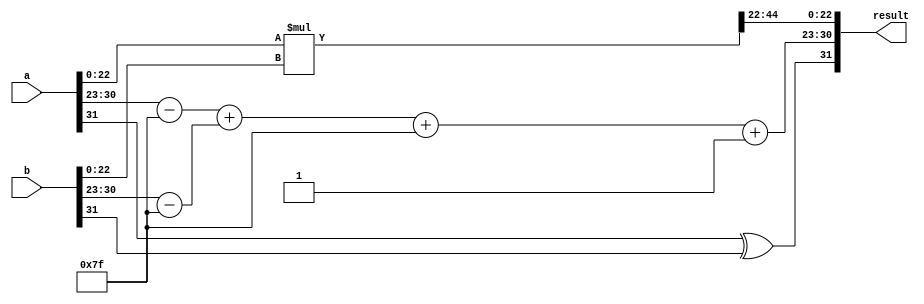
module floating_point_multiplier (
    input  wire [31:0] a,         // First floating-point number
    input  wire [31:0] b,         // Second floating-point number
    output wire [31:0] result      // Result of multiplication
);

    // Internal signals
    wire sign_a, sign_b;
    wire [7:0] exponent_a, exponent_b;
    wire [22:0] mantissa_a, mantissa_b;
    wire sign_result;
    wire [7:0] exponent_result;
    wire [46:0] mantissa_result; // 23 + 23 bits
    reg [23:0] normalized_mantissa; // 24 bits
    reg [7:0] final_exponent;
    
    // Extract components
    assign sign_a = a[31];
    assign exponent_a = a[30:23];
    assign mantissa_a = {1'b1, a[22:0]}; // Implicit leading 1
    
    assign sign_b = b[31];
    assign exponent_b = b[30:23];
    assign mantissa_b = {1'b1, b[22:0]}; // Implicit leading 1
    
    // Calculate sign of result
    assign sign_result = sign_a ^ sign_b;
    
    // Calculate exponent result
    wire [7:0] bias = 8'd127;
    wire signed [8:0] adjusted_exponent_a = {1'b0, exponent_a} - bias;
    wire signed [8:0] adjusted_exponent_b = {1'b0, exponent_b} - bias;
    assign exponent_result = adjusted_exponent_a + adjusted_exponent_b + bias;
    
    // Mantissa multiplication
    assign mantissa_result = mantissa_a * mantissa_b; // 23 + 23 = 46 bits

    // Normalization
    always @(*) begin
        if (mantissa_result[46]) begin
            // Already normalized
            normalized_mantissa = mantissa_result[46:23]; // Take top 24 bits
            final_exponent = exponent_result; // No change
        end else begin
            // Need to normalize
            normalized_mantissa = mantissa_result[45:22]; // Shift right
            final_exponent = exponent_result + 1; // Increment exponent
        end
    end
    
    // Assemble final result
    assign result = {sign_result, final_exponent[7:0], normalized_mantissa[22:0]};

endmodule